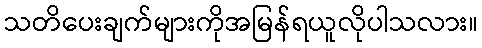
သတိပေးချက်များကိုအမြန်ရယူလိုပါသလား။